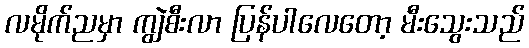
လမိုက်ညမှာ ကျွဲစီးလာ ပြန်ပါလေတော့ မီးသွေးသည်